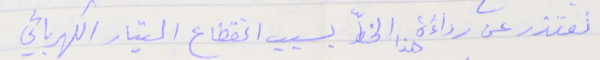
نعتذر عن رداءَة  هذا الخطّ بسبب انقطاع التيار الكهربائي